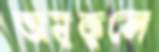
অনূকুলে